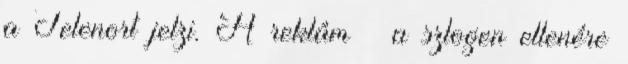
a Telenort jelzi. A reklám – a szlogen ellenére